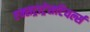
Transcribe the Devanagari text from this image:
एक्सट्राट्रेसटियर्ल्स